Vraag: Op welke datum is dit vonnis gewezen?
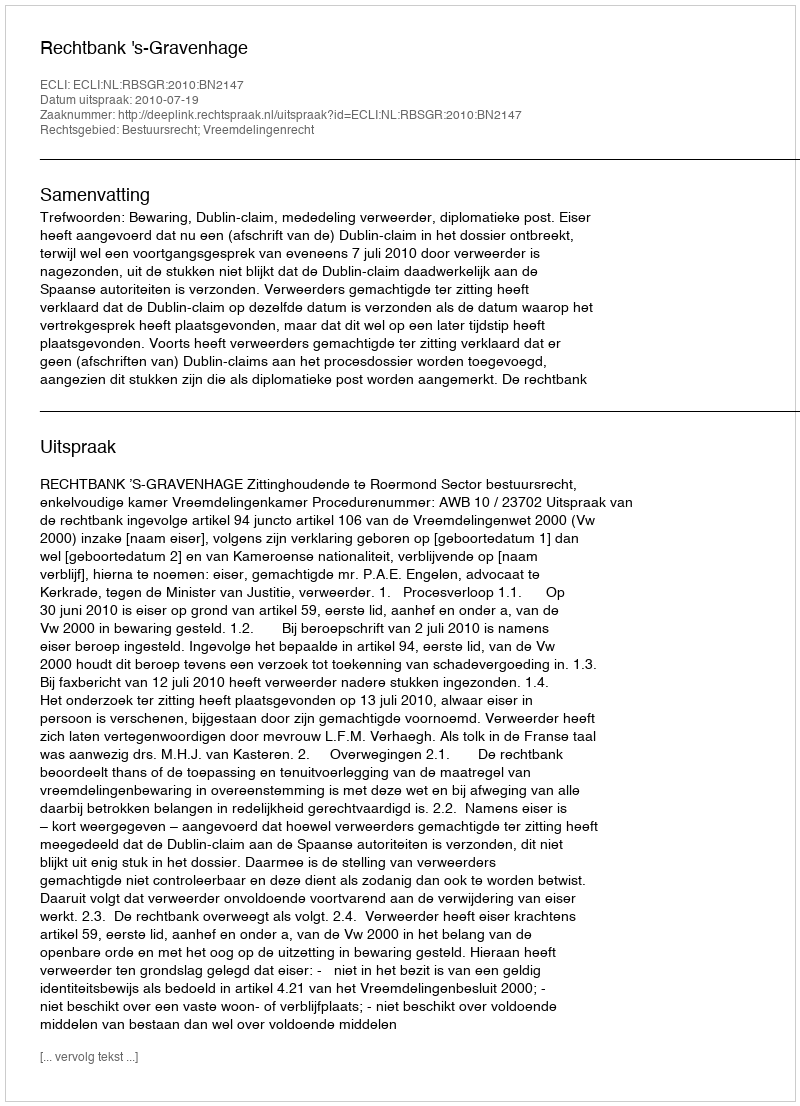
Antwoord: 2010-07-19